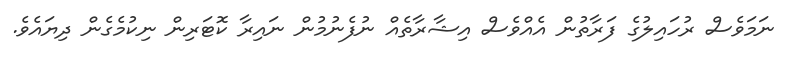
ނަމަވެސް ރުހައިލުގެ ފަރާތުން އެއްވެސް އިޝާރާތެއް ނުފެނުމުން ނައިރާ ކޮޓަރިން ނިކުމެގެން ދިޔައެވެ.